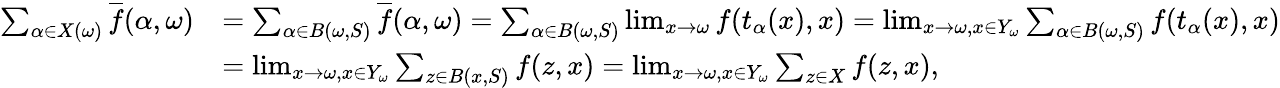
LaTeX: \begin{array}{rl}{\sum_{\alpha\in X(\omega)}\overline{{f}}(\alpha,\omega)}&{=\sum_{\alpha\in B(\omega,S)}\overline{{f}}(\alpha,\omega)=\sum_{\alpha\in B(\omega,S)}\operatorname*{lim}_{x\to\omega}f(t_{\alpha}(x),x)=\operatorname*{lim}_{x\to\omega,x\in Y_{\omega}}\sum_{\alpha\in B(\omega,S)}f(t_{\alpha}(x),x)}\\ &{=\operatorname*{lim}_{x\to\omega,x\in Y_{\omega}}\sum_{z\in B(x,S)}f(z,x)=\operatorname*{lim}_{x\to\omega,x\in Y_{\omega}}\sum_{z\in X}f(z,x),}\end{array}